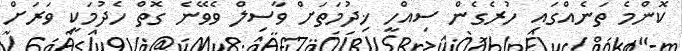
ކޮންމެ ތަނެއްގައި ހުރެގެން ސިއްހީ ޚިދުމަތަށް ވާސިލް ވެވޭނެ ގޮތް ހެދުމަކީ ވަރަށް